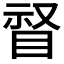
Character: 𱲸